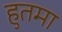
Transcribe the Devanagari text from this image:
हुतमा